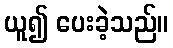
ယူ၍ ပေးခဲ့သည်။